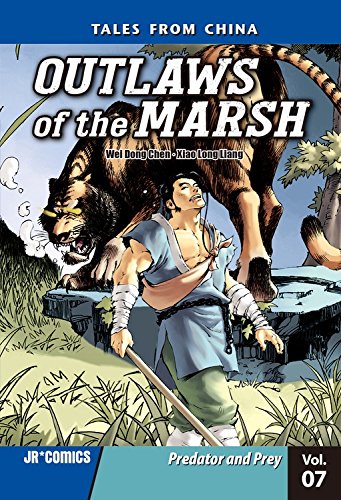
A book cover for Outlaws of the Marsh 7: Predator and Prey; Wei Dong Chen; Teen & Young Adult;